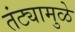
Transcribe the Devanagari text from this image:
तंट्यामुळे